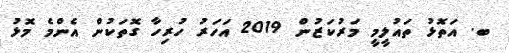
ބ. އަތޮޅު ތައުލީމީ މަރުކަޒުން 2019 އަހަރު ހުރިހާ ގޮތަކުން އެންމެ މޮޅު